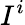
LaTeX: I^{i}